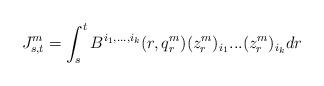
LaTeX: \begin{align*}J_{s,t}^m=\int_s^t B^{i_1,...,i_k}(r,q_r^m) (z_r^m)_{i_1}...(z_r^m)_{i_k} dr\end{align*}